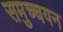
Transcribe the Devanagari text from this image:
समुच्चयन